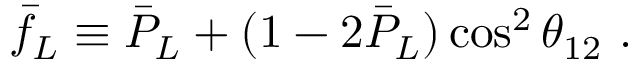
\bar { f } _ { L } \equiv \bar { P } _ { L } + ( 1 - 2 \bar { P } _ { L } ) \cos ^ { 2 } \theta _ { 1 2 } ~ .